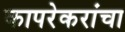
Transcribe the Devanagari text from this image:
कापरेकरांचा